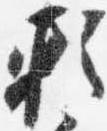
頼